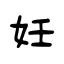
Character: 妊